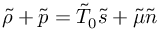
\tilde { \rho } + \tilde { p } = \tilde { T } _ { 0 } \tilde { s } + \tilde { \mu } \tilde { n }